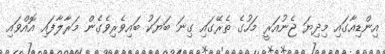
އިންޑިއާގައި މިދިޔަ ޖެނުއަރީ މަހުގެ ތެރޭގައި ގިނަ ބަޔަކު ބައިވެރިވެގެން މަރާލާފައި އޮއްވައި